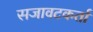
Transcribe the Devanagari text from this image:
सजावटकर्ता